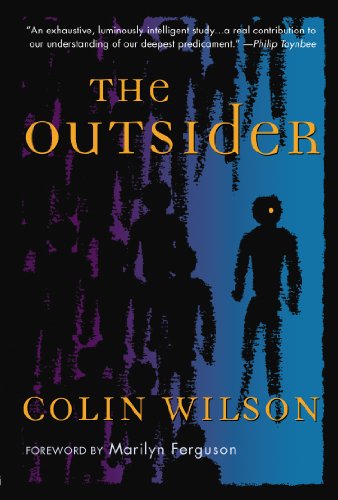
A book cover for The Outsider; Colin Wilson; Politics & Social Sciences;